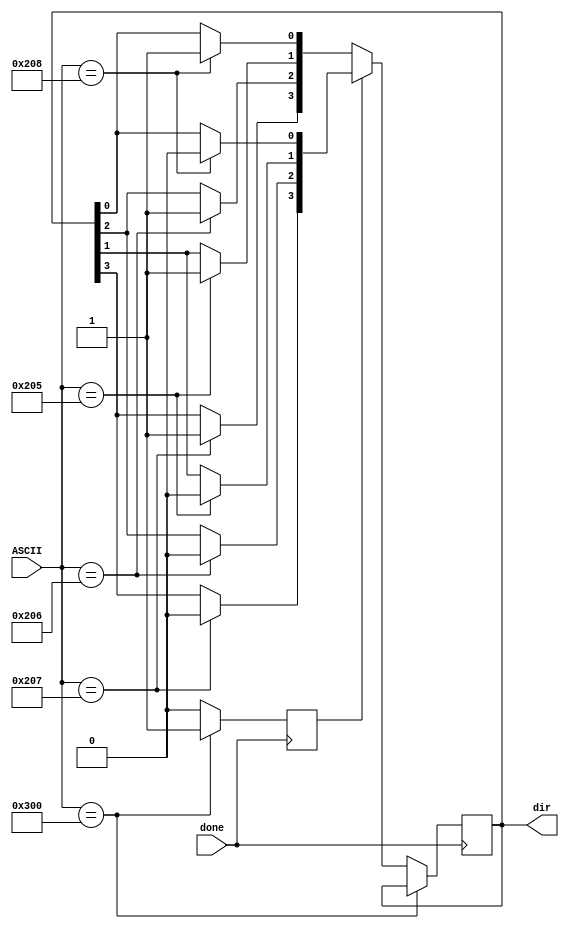
module Key_Controller (
	input wire done,
	input wire [9:0] ASCII,
	output reg [3:0] dir
);
		
	reg releaseCommand;

	always @ (posedge done)
	begin
		if (ASCII == 10'b1100000000) begin
			releaseCommand = 1;
			dir = dir;
		end
		else if (releaseCommand) begin
			case (ASCII)
				10'b1000001000:	dir[0] = 1'b0;	// up
				10'b1000000101: 	dir[1] = 1'b0;	// down
				10'b1000000110:	dir[2] = 1'b0;	// left
				10'b1000000111: 	dir[3] = 1'b0;	// right
				default: dir = dir; 
			endcase
			releaseCommand = 0;
		end
		else begin
			case (ASCII)
				10'b1000001000:	dir[0] = 1'b1;	// up
				10'b1000000101: 	dir[1] = 1'b1;	// down
				10'b1000000110:	dir[2] = 1'b1;	// left
				10'b1000000111: 	dir[3] = 1'b1;	// right
				default:	dir = dir;
			endcase
		end
	end
		
endmodule